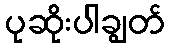
ပုဆိုးပါချွတ်